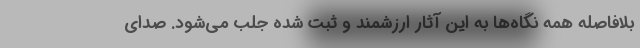
بلافاصله همه نگاه‌ها به این آثار ارزشمند و ثبت شده جلب می‌شود. صدای